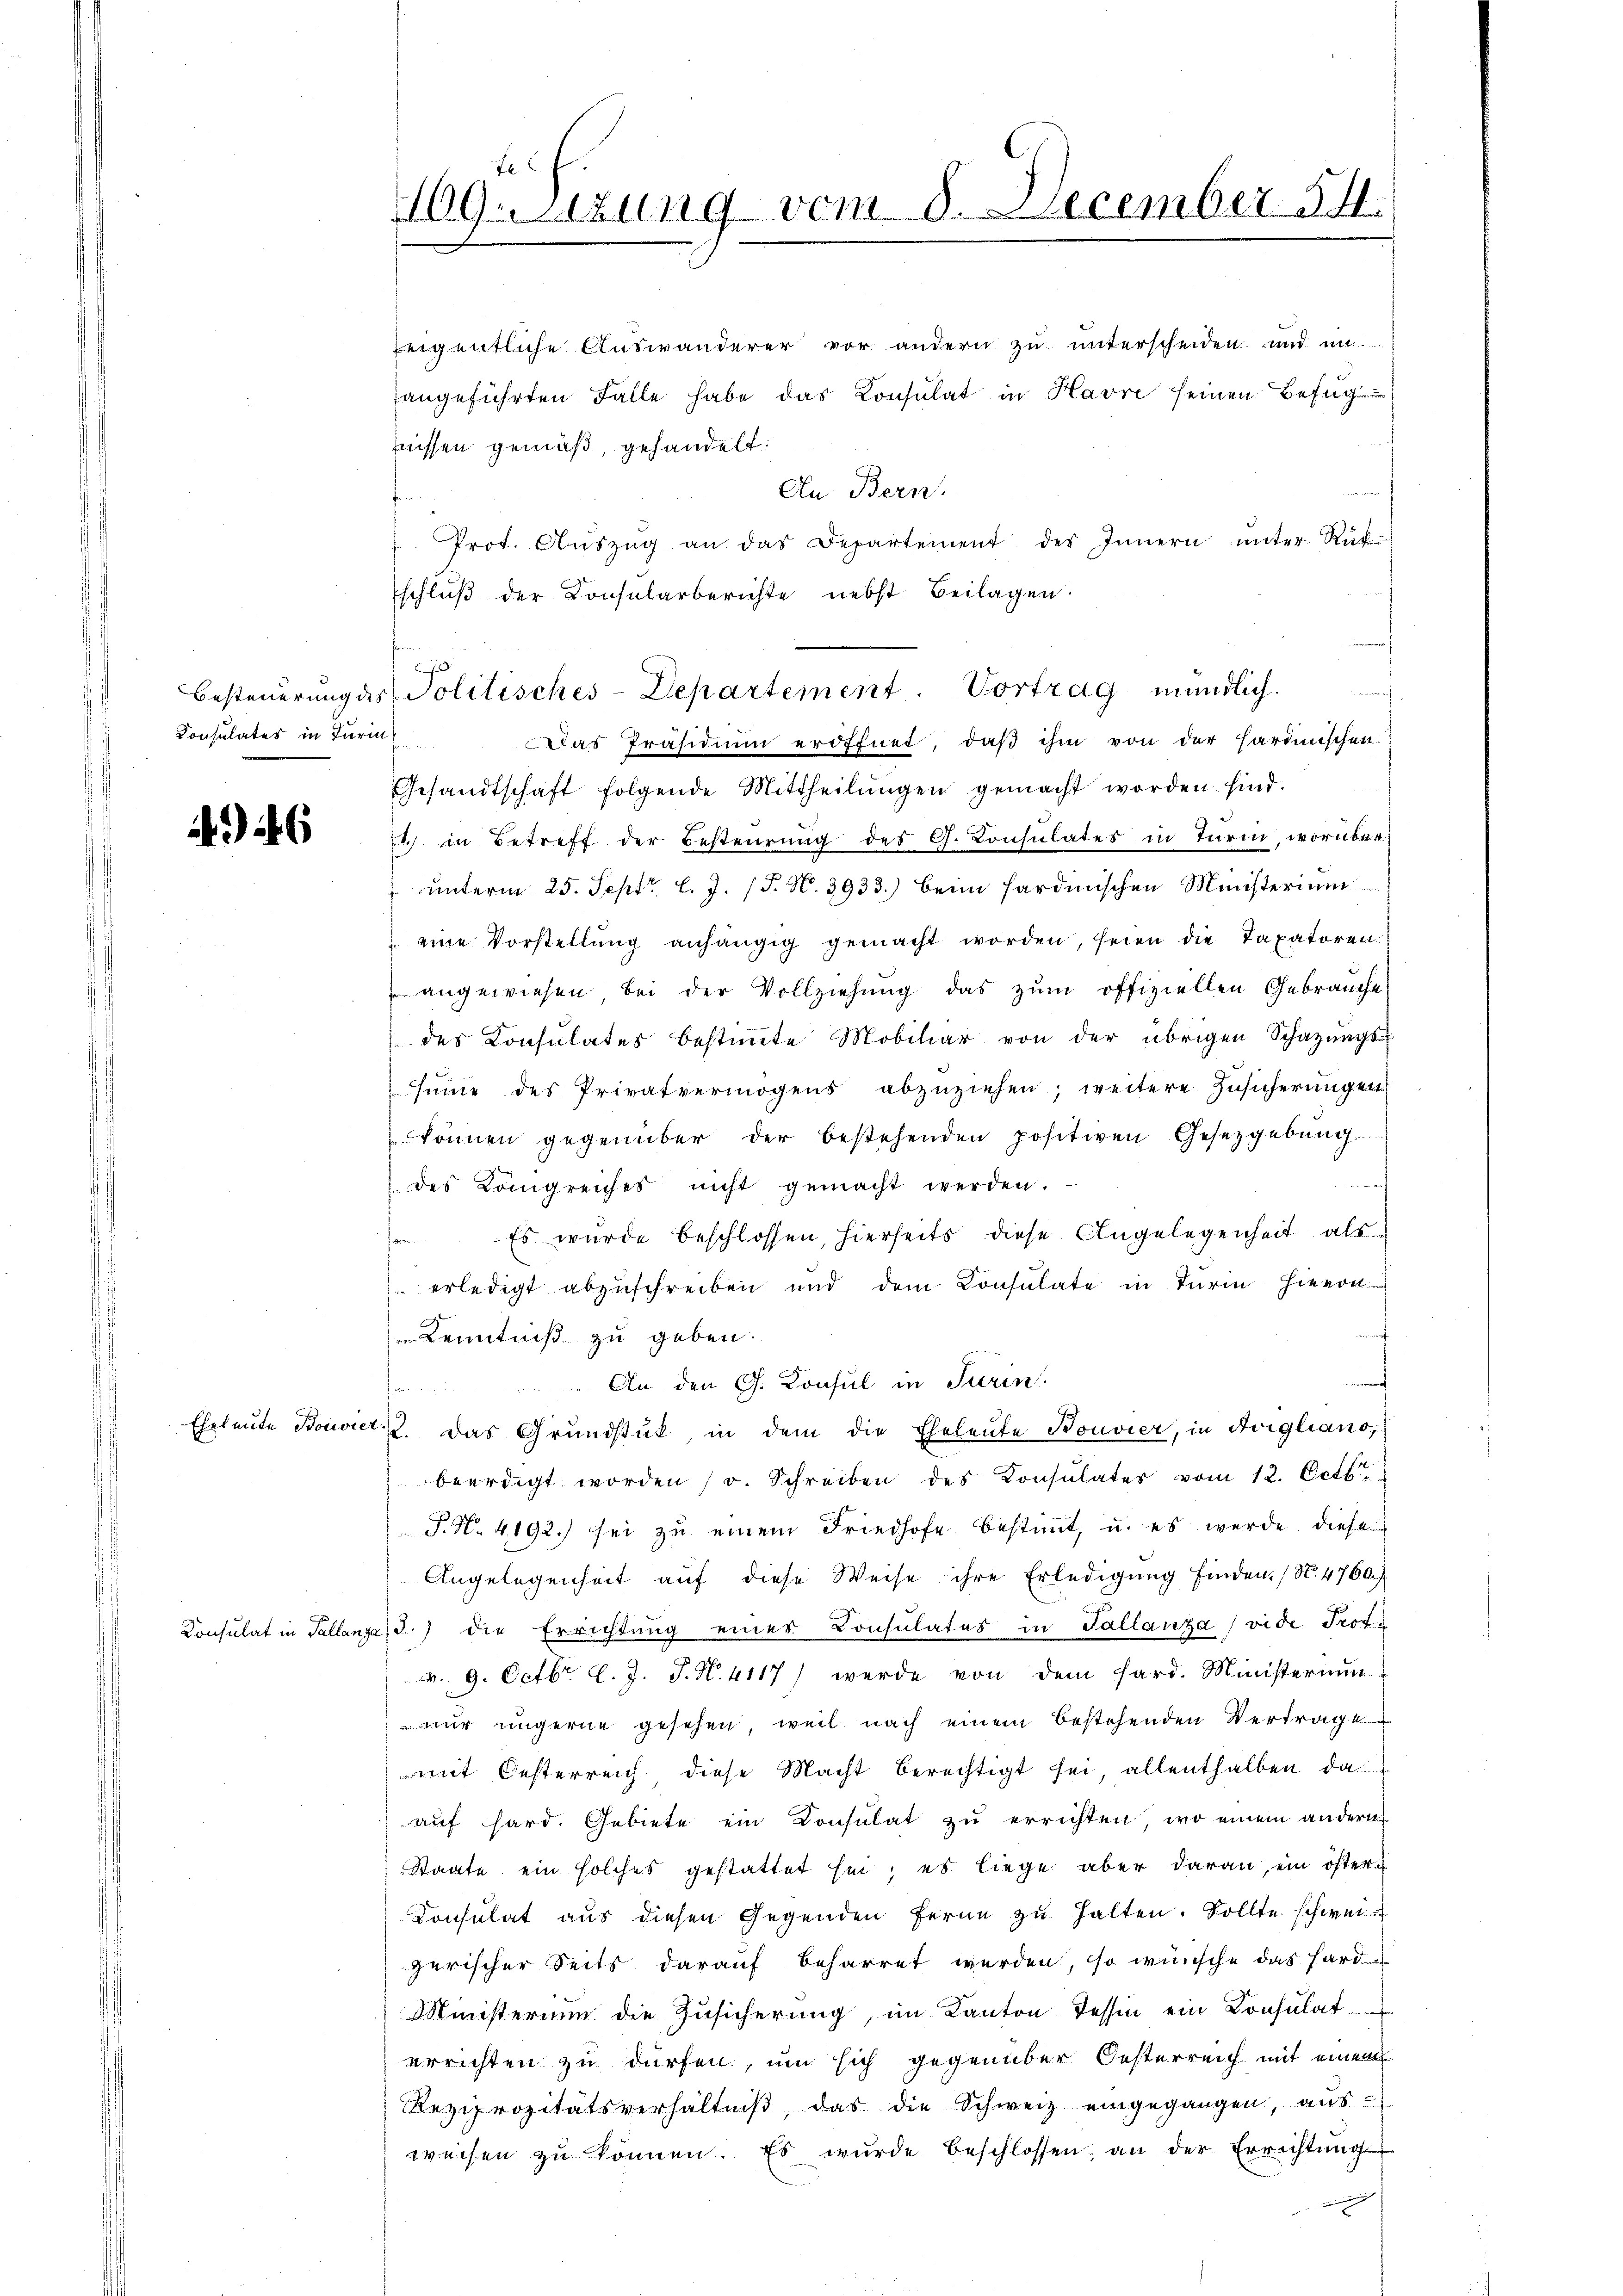
Consulates in Turin

) 46

Eheleute Bonio

Konsulat in Palla

409uizung vom 8. December 14.

eigentliche Auswanderer vor andern zu unterscheiden und im
angeführten Falle habe das Konsulat in Havre seinen Befug
nissen gemäß, gehandelt:
An Bern.
" Prot. Aŭszŭg an das Departement des Innern ŭnter Rück-
schluß der Consularberichte nebst Beilagen.
Das Präsidium eröffnet, daß ihm von der Hardinischen
Gesandtschaft folgende Mittheilŭngen gemacht worden sind.
74 in Betreff der Besteurung des G. Consulates in Turm, worüber¬
 ŭnterm 25. Sept. l. J. (T. N. 3933.) beim sardinischen Ministerium
 eine Vorstellŭng anhängig gemacht worden, seien die Taxatoren
 angewiesen bei der Vollziehŭng das zŭm offiziellen Gebrauche
des Consulates bestimmte Mobiliar von der übrigen Schazungssime des Privatvermögens abzŭziehen; weitere Zusicherungen
können gegenüber der bestehenden positiven Gesetzgebung
 des Königreiches nicht gemacht werden.
Es wurde beschlossen, hierseits diese Angelegenheit als
 erledigt abzuschreiben und dem Consulate in Turin hievon
 Kenntniß zu geben.
d
An den G. Konsul in Turin
au. Das Grundstück, in dem die Eheleute Konvier, in Avigliano,
beerdigt worden (s. Schreiben des Konsulates vom 12. Octbr.
P. Nr. 4192.) sei zu einem Friedhofe bestimmt, u. es wurde diese
Angelegenheit auf diese Weise ihre Erledigung finden. (N. 4760.)
d.) die Errichtung eines Consulates in Tallanza (vide Prof.
v. 9. Octbr. l. J. J. N. 4117) werde von dem Hard. Ministerium
nur ungerne gesehen, weil nach einem bestehenden Vertrage
mit Oesterreich diese Macht berechtigt sei, allenthalben da
auf hard. Gebiete ein Consulat zu errichten, wo einem andern
Staate ein solches gestattet sei; es liege aber daran ein öfter
Consulat aus diesen Gegenden ferne zu halten. Sollte schweizerischer Seits darauf beharret werden, so wünsche das Hard¬
Ministerium die Zusicherung, im Kanton Tessin ein Consulat
errichten zu dürfen, um sich gegenüber Oesterreich mit einem
Reziprozitätsverhältniβ, das die Schweiz eingegangen, aŭs
weisen zŭ können. Es wŭrde beschlossen, an der Errichtŭng

Besteuerung des Politisches-Departement. Vortrag mündlich.